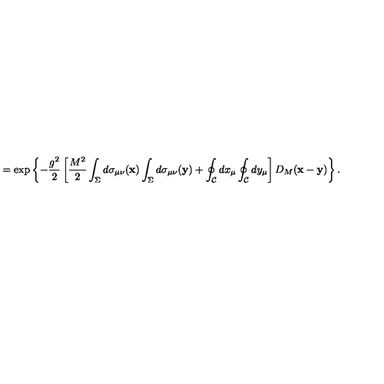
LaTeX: = \exp \left\{ - \frac { g ^ { 2 } } { 2 } \left[ \frac { M ^ { 2 } } { 2 } \int _ { \Sigma } ^ { } d \sigma _ { \mu \nu } ( { \bf x } ) \int _ { \Sigma } ^ { } d \sigma _ { \mu \nu } ( { \bf y } ) + \oint _ { { \cal C } } ^ { } d x _ { \mu } \oint _ { { \cal C } } ^ { } d y _ { \mu } \right] D _ { M } ( { \bf x } - { \bf y } ) \right\} .